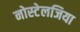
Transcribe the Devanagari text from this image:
नोस्‍टेलजिया